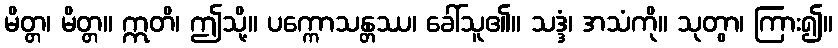
မိတ္တ၊ မိတ္တ။ ဣတိ၊ ဤသို့။ ပက္ကောသန္တဿ၊ ခေါ်သူ၏။ သဒ္ဒံ၊ အသံကို။ သုတွာ၊ ကြား၍။